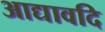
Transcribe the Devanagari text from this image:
आद्यावदि